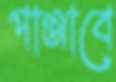
পাঞ্জাবে